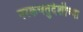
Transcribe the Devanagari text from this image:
नरकचतुर्दशीच्या